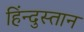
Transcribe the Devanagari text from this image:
हिंन्दुस्तान